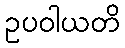
ဥပဝါယတိ